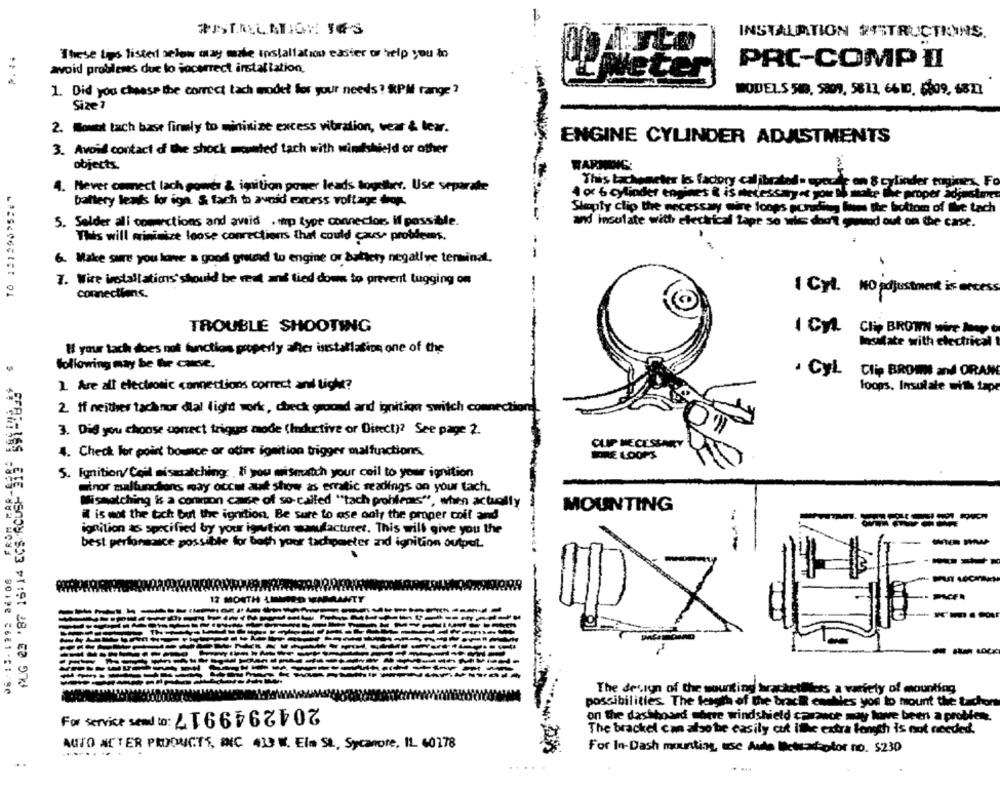
INSTALATION INSTRUCTIONS.
These Lips listed below may make installation easier or help you to
PRC-COMP II
avoid problemes due to jocorrect installation
1. Did you choose the correct tach modet for your needs? RPM range?
MODELS 548. 5009. 5611, 6610. 6609, 6871
Size ?
2. Wowot tach base firmly to minimize excess vibration, vear & tear.
ENGINE CYLINDER ADJUSTMENTS
3. Avoid contact of the shock mounted tach with windshield or other
objects.
This tachometer kos fach
calibrated . epoche an 8 cylinder enginex, Fo
4. Never connect lach power & ignition power leads togoller. Use separate
4 or 6 cylinder engines & is necessaryet you to make the proper adjustines
battery leads for ign. & fach to avnid excess voltage drop.
Stopty clip the necessary wire loops pohiding how the bottom of the tach
-
5. Selder all connections and avoid . tmp type connectors if possible.
and insulate with electrical tape so wis don't gowod out on the case.
This will minimize loose connections that could cause problems.
--
6. Make sure you love a good grund to engine or dallety negative terminal.
7. Wire installations' should be vat ani tied down to prevent tugging om
1 Cyl. NO adjustment is access
connections.
TROUBLE SHOOTING
1 CAL Cl BROWN wie À
Insalate with electrical
AUG 23 '87 16:14 ECS ROUSH"Si!" "$1"0" $
If your tach does not function properly after iststallation one of the
following may be fre case,
. CyL.
Clip BROWN and ORAN
1. Are all electronic connections correct and licht?
loops. Insulate with tape
2. If neither tachnor dial light work, check ground and ignition switch connection.
3. Did you choose conect triggas mode (Inductive or Ditect)? See page 2.
CLIP NECESSARY
4. Check for point bounce or others ignition trigger malfunctions.
IPRE LOOPS
5. Ignition/Ceil mismatching: " you mismatch your ceil to your ignition
Sinor malfuncions may occur até show as erratic seadings on your tach.
08/13 - 1992 BEIDs FROM FA
Mismatching is a common cause of so-called "tach problems", when actually
MOUNTING
# is not the tich but the ignition. Be sure to use only the proper coif and
ignition as specified by your ignition manufacturer. This will give you the
best performance possible for both your tachometer and ignition output.
---
PACFR
---
The design of the mounting bracketllers a variety of mounting
2042949917 :******
possibilities. The length of the braci enables you to mount the tachon
on the dashboard there windshield carance may towe been a problem.
The brackel can also be easily cut itthe extra longth is not needed.
AUTO ACTER PRODUCTS, ONIC 413 W. Elm St, Sycanore, IL 60178
For In-Dash mounting, use Aule Metcascofor no. $230